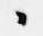
々